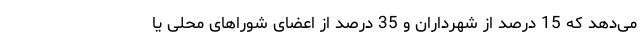
می‌دهد که 15 درصد از شهرداران و 35 درصد از اعضای شوراهای محلی یا